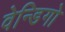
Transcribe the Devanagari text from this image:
वेन्डिगो